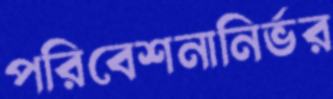
পরিবেশনানির্ভর